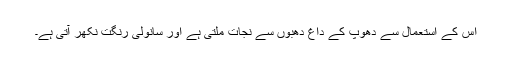
اس کے استعمال سے دھوپ کے داغ دھبوں سے نجات ملتی ہے اور سانولی رنگت نکھر آتی ہے۔